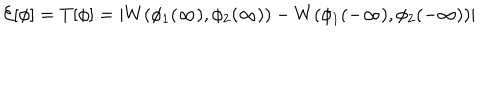
{ \cal E } [ \phi ] = T [ \phi ] = | W ( \phi _ { 1 } ( \infty ) , \phi _ { 2 } ( \infty ) ) - W ( \phi _ { 1 } ( - \infty ) , \phi _ { 2 } ( - \infty ) ) |